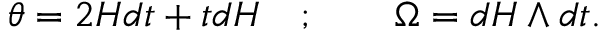
\theta = 2 H d t + t d H \quad ; \qquad \Omega = d H \wedge d t .